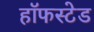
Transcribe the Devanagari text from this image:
हॉफस्टेड